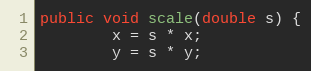
Language: Java
public void scale(double s) {
        x = s * x;
        y = s * y;